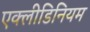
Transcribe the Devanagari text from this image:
एक्लीडिनियम